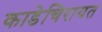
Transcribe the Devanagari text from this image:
काडेचिरायत